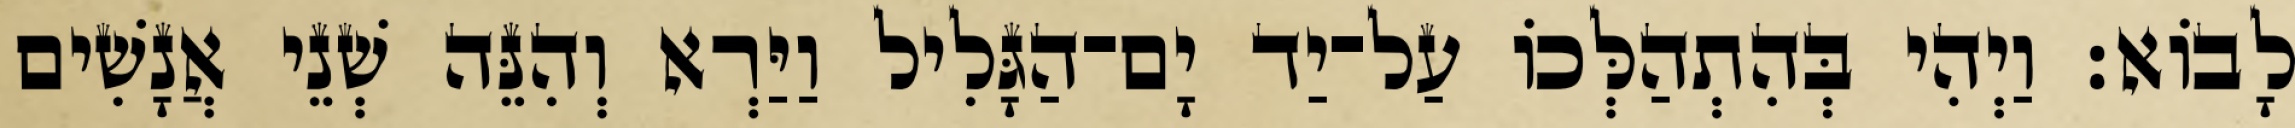
לָבוֹא׃ וַיְהִי בְּהִתְהַלְּכוֹ עַל־יַד יָם־הַגָּלִיל וַיַּרְא וְהִנֵּה שְׁנֵי אֲנָשִׁים